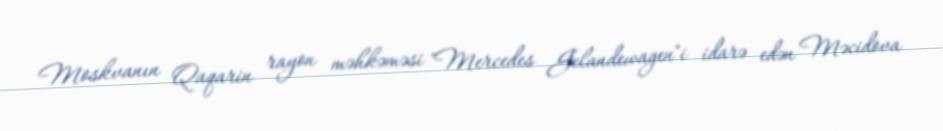
Moskvanın Qaqarin rayon məhkəməsi "Mercedes Gelandewagen"i idarə edən Məcidova